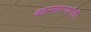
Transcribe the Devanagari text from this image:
कारखान्यानेही